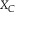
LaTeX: \scriptstyle { X _ { C } }